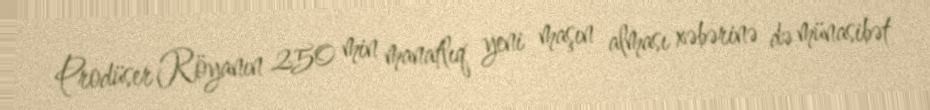
Prodüser Röyanın 250 min manatlıq yeni maşın alması xəbərinə də münasibət